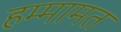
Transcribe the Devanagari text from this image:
हम्मामत